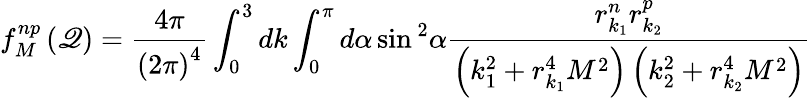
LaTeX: f_{M}^{np}\left(\mathscr{Q}\right)=\frac{{4\pi}}{{\left(2\pi\right)^{4}}}\int_{0}^{3}dk\int_{0}^{\pi}d\alpha\sin{}^{2}\alpha\frac{{r_{k_{1}}^{n}r_{k_{2}}^{p}}}{{\left(k_{1}^{2}+r_{k_{1}}^{4}M^{2}\right)\left(k_{2}^{2}+r_{k_{2}}^{4}M^{2}\right)}}